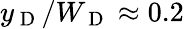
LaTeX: y_{\mathrm{~D~}}/W_{\mathrm{~D~}}\approx 0.2